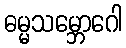
ဓမ္မသမ္ဘောဂေါ